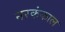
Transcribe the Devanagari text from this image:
नरकंकाल